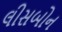
લીસબોન